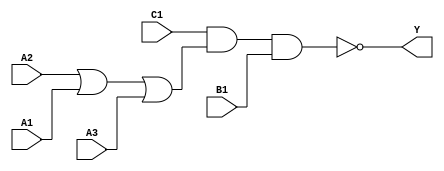
module sky130_fd_sc_hd__o311ai (
    Y ,
    A1,
    A2,
    A3,
    B1,
    C1
);

    // Module ports
    output Y ;
    input  A1;
    input  A2;
    input  A3;
    input  B1;
    input  C1;

    // Module supplies
    supply1 VPWR;
    supply0 VGND;
    supply1 VPB ;
    supply0 VNB ;

    // Local signals
    wire or0_out    ;
    wire nand0_out_Y;

    //   Name   Output       Other arguments
    or   or0   (or0_out    , A2, A1, A3     );
    nand nand0 (nand0_out_Y, C1, or0_out, B1);
    buf  buf0  (Y          , nand0_out_Y    );

endmodule